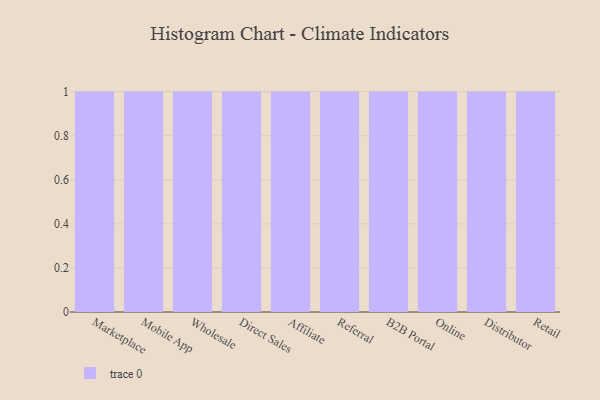
{"axis": {"x": "Channel", "y": "Tickets Resolved"}, "legend": [""], "data": [{"x": "Marketplace", "y": 72, "type": ""}, {"x": "Mobile App", "y": 12, "type": ""}, {"x": "Wholesale", "y": 50, "type": ""}, {"x": "Direct Sales", "y": 50, "type": ""}, {"x": "Affiliate", "y": 53, "type": ""}, {"x": "Referral", "y": 69, "type": ""}, {"x": "B2B Portal", "y": 9, "type": ""}, {"x": "Online", "y": 93, "type": ""}, {"x": "Distributor", "y": 58, "type": ""}, {"x": "Retail", "y": 68, "type": ""}]}